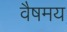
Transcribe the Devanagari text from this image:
वैषमय